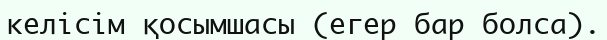
келісім қосымшасы (егер бар болса).